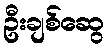
ဦးချစ်ဆွေ